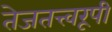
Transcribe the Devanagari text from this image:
तेजतत्त्वरूपी